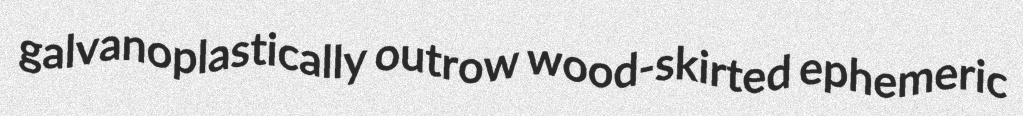
galvanoplastically outrow wood-skirted ephemeric